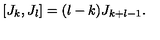
[ J _ { k } , J _ { l } ] = ( l - k ) J _ { k + l - 1 } .